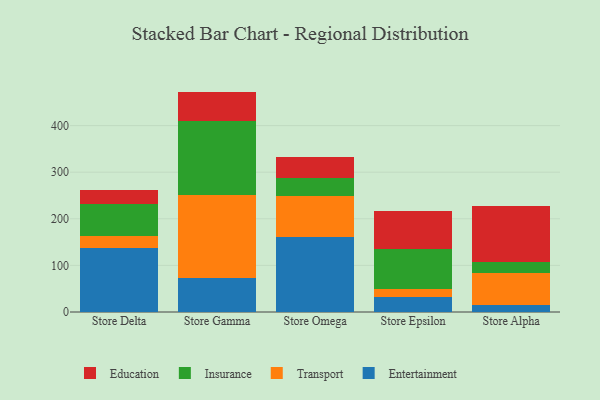
{"axis": {"x": "Store", "y": "Production Output"}, "legend": ["Education", "Entertainment", "Insurance", "Transport"], "data": [{"x": "Store Delta", "y": 137.1, "type": "Entertainment"}, {"x": "Store Delta", "y": 26.1, "type": "Transport"}, {"x": "Store Delta", "y": 68.8, "type": "Insurance"}, {"x": "Store Delta", "y": 29.3, "type": "Education"}, {"x": "Store Gamma", "y": 73.1, "type": "Entertainment"}, {"x": "Store Gamma", "y": 177.6, "type": "Transport"}, {"x": "Store Gamma", "y": 159.5, "type": "Insurance"}, {"x": "Store Gamma", "y": 62.7, "type": "Education"}, {"x": "Store Omega", "y": 161.3, "type": "Entertainment"}, {"x": "Store Omega", "y": 87.5, "type": "Transport"}, {"x": "Store Omega", "y": 38.6, "type": "Insurance"}, {"x": "Store Omega", "y": 44.4, "type": "Education"}, {"x": "Store Epsilon", "y": 33.2, "type": "Entertainment"}, {"x": "Store Epsilon", "y": 17.2, "type": "Transport"}, {"x": "Store Epsilon", "y": 85.7, "type": "Insurance"}, {"x": "Store Epsilon", "y": 81.0, "type": "Education"}, {"x": "Store Alpha", "y": 14.8, "type": "Entertainment"}, {"x": "Store Alpha", "y": 68.8, "type": "Transport"}, {"x": "Store Alpha", "y": 22.7, "type": "Insurance"}, {"x": "Store Alpha", "y": 121.8, "type": "Education"}]}